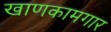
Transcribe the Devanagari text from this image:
खाणकामगार